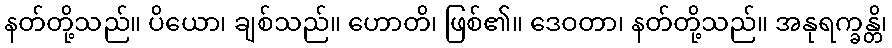
နတ်တို့သည်။ ပိယော၊ ချစ်သည်။ ဟောတိ၊ ဖြစ်၏။ ဒေဝတာ၊ နတ်တို့သည်။ အနုရက္ခန္တိ၊